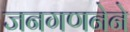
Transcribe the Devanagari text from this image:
जनगणनेने